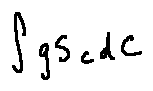
\int g S _ { c } d C